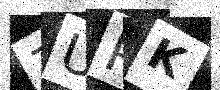
Text: 7UPK